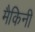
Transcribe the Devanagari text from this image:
मैकिनी